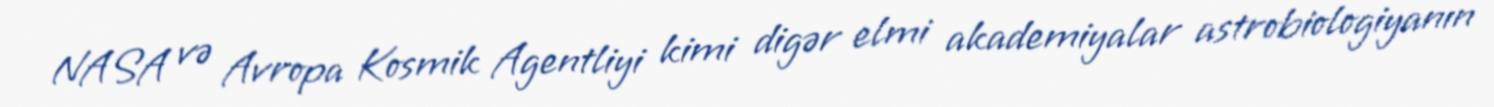
NASA və Avropa Kosmik Agentliyi kimi digər elmi akademiyalar astrobiologiyanın